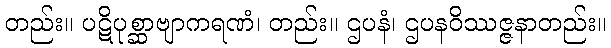
တည်း။ ပဋိပုစ္ဆာဗျာကရဏံ၊ တည်း။ ဌပနံ၊ ဌပနဝိဿဇ္ဇနာတည်း။